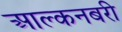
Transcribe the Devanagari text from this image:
आल्कनबरी